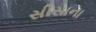
સીસાના